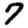
Digit: 7